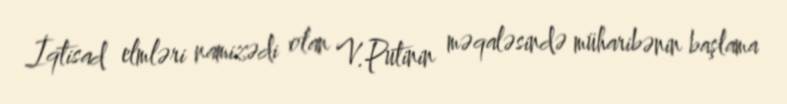
İqtisad elmləri namizədi olan V.Putinin məqaləsində müharibənin başlama